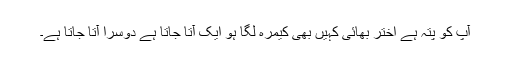
آپ کو پتہ ہے اختر بھائی کہیں بھی کیمرہ لگا ہو ایک آتا جاتا ہے دوسرا آتا جاتا ہے۔